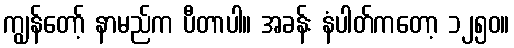
ကျွန်တော့် နာမည်က ပီတာပါ။ အခန်း နံပါတ်ကတော့ ၁၂၅၀။